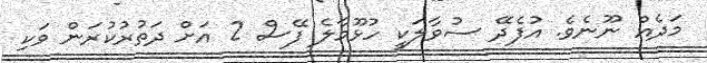
މަދެއް ނޫނެވެ. އުފެދޭ ސުވާލަކީ ހުޅޫމާލެ ފޭސް 2 އަށް ދަތުރުކުރަން ވަކި